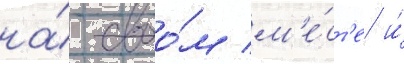
на́ своо́м м'е́ст'е и́